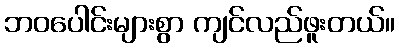
ဘဝပေါင်းများစွာ ကျင်လည်ဖူးတယ်။